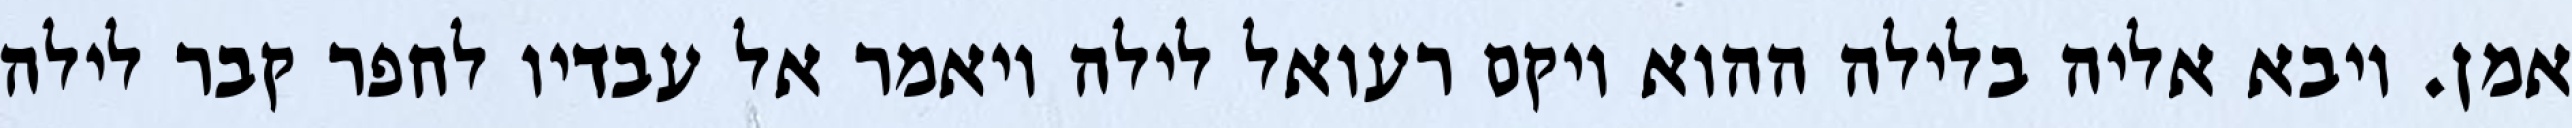
אמן. ויבא אליה בלילה ההוא ויקם רעואל לילה ויאמר אל עבדיו לחפר קבר לילה